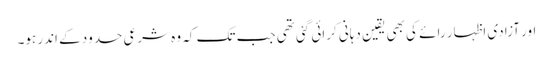
اور آزادی اظہار رائے کی بھی یقین دہانی کرائی گئی تھی جب تک کہ وہ شرعی حدود کے اندر ہو۔